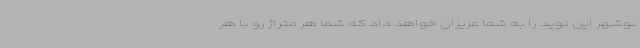
نوشهر این نوید را به شما عزیزان خواهد داد که شما هر متراژ رو با هر